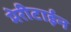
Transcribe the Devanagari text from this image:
मेरीटाईन